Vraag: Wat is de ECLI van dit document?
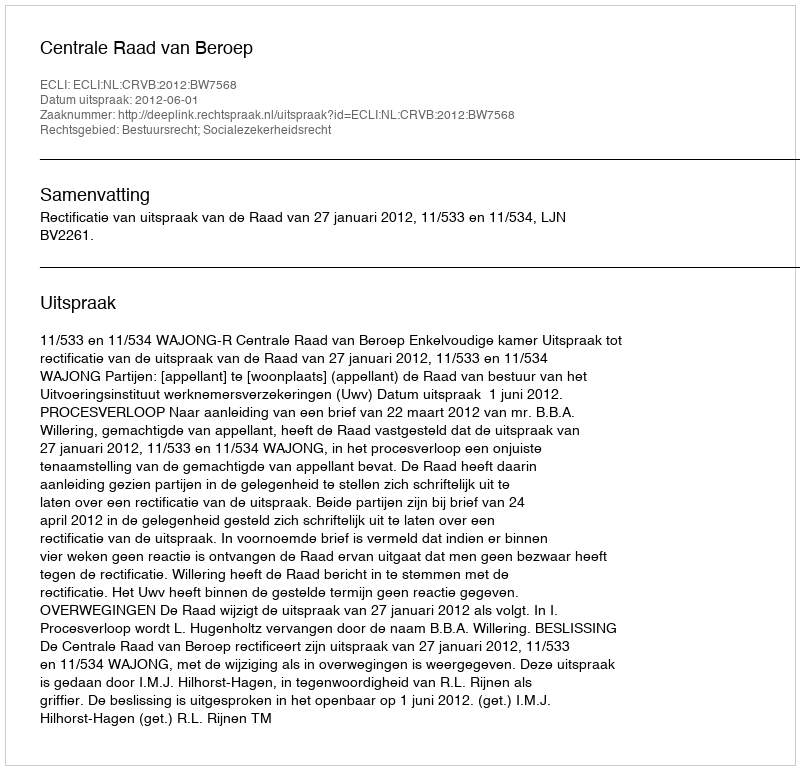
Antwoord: ECLI:NL:CRVB:2012:BW7568